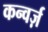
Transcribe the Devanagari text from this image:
कन्वर्ज़